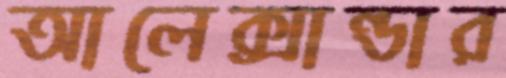
আলেক্সান্ডার